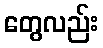
တွေလည်း